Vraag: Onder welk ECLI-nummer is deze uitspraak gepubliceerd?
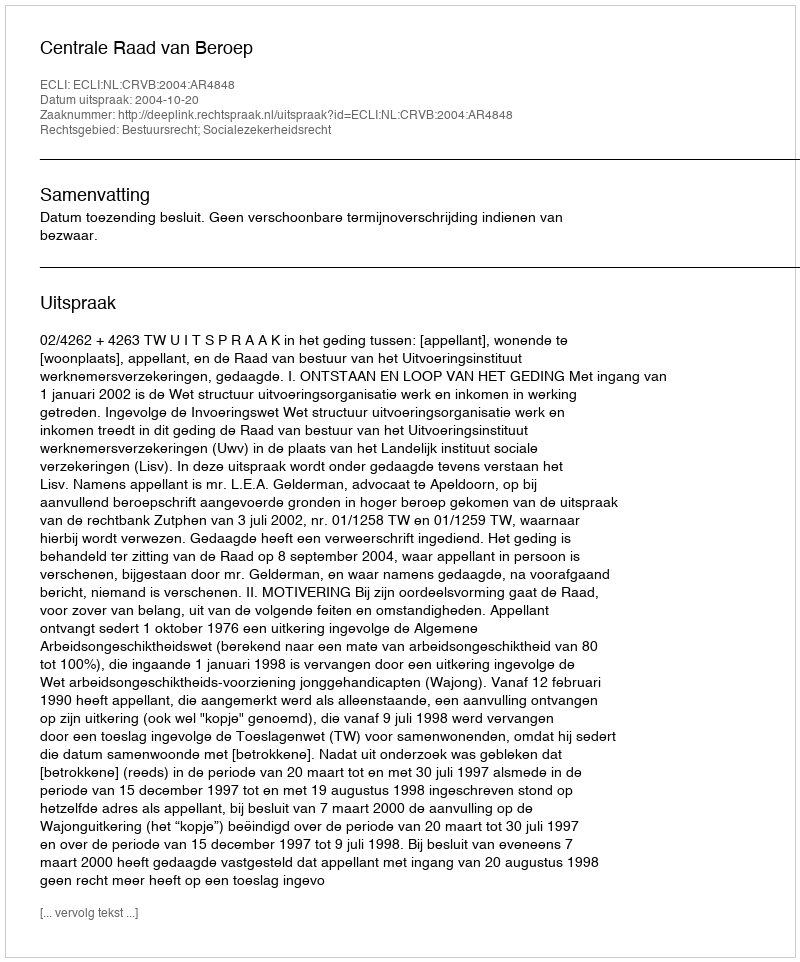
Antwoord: ECLI:NL:CRVB:2004:AR4848